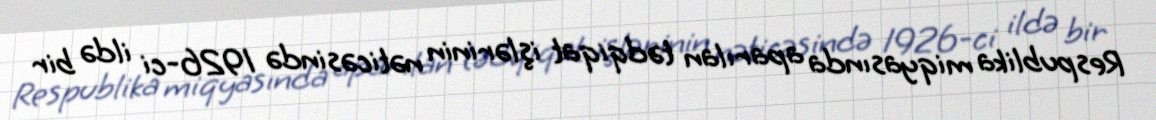
Respublika miqyasında aparılan tədqiqat işlərinin nəticəsində 1926-ci ildə bir